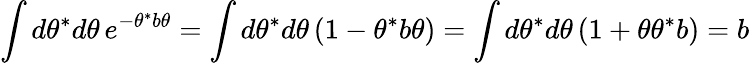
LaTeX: \int d\theta^{*}d\theta\, e^{-\theta^{*}b\theta}=\int d\theta^{*}d\theta\, (1-\theta^{*}b\theta)=\int d\theta^{*}d\theta\, (1+\theta\theta^{*}b)=b